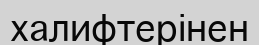
халифтерінен